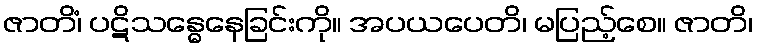
ဇာတိံ၊ ပဋိသန္ဓေနေခြင်းကို။ အပယပေတိ၊ မပြည့်စေ။ ဇာတိ၊